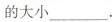
的大小___.